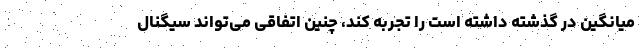
میانگین در گذشته داشته است را تجربه کند، چنین اتفاقی می‌تواند سیگنال